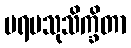
ပရမသုသိက္ခိတာ